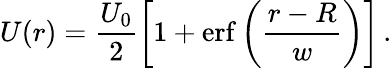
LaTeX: U(r)=\frac{U_{0}}{2}\left[1+\mathrm{erf}\left(\frac{r-R}{w}\right)\right]\, .